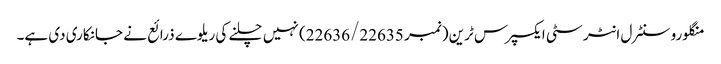
منگلورو سنٹرل انٹر سٹی ایکسپرس ٹرین (نمبر 22636/22635) نہیں چلنے کی ریلوے ذرائع نے جانکاری دی ہے۔